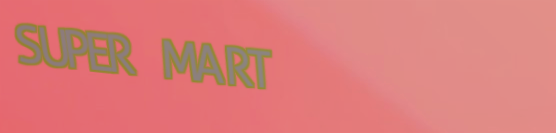
SUPER MART